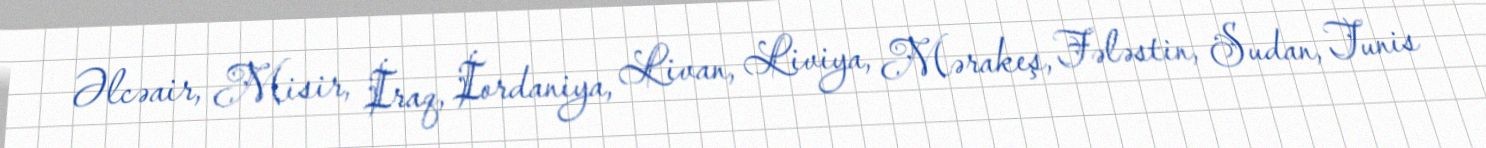
Əlcəair, Misir, İraq, İordaniya, Livan, Liviya, Mərakeş, Fələstin, Sudan, Tunis